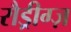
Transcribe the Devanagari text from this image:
रौड्रीग्ज़